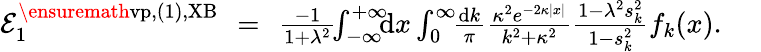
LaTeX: \begin{array}{rlr}{{\cal E}_{1}^{\ensuremath{\mathrm{vp}},(1),\mathrm{XB}}\! \! }&{=}&{\! \! \frac{-1}{1+\lambda^{2}}\! \! \int_{-\infty}^{+\infty}\! \! \! \mathrm{d}x\int_{0}^{\infty}\! \! \frac{\mathrm dk}{\pi}\frac{\kappa^{2}e^{-2\kappa|x|}}{k^{2}+\kappa^{2}}\frac{1-\lambda^{2}s_{k}^{2}}{1-s_{k}^{2}}f_{k}(x).\; \; \; \; \; }\end{array}